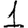
Digit: 1